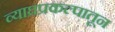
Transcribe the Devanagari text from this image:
व्याघ्रप्रकल्पातून